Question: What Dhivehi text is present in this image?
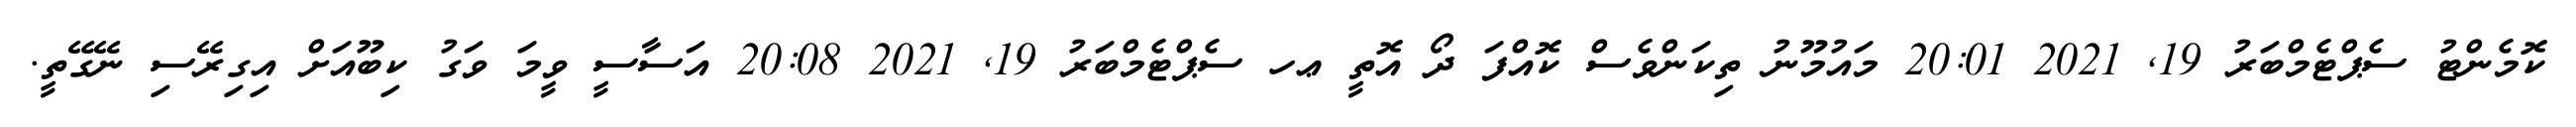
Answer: ކޮމެންޓު ސެޕްޓެމްބަރު 19, 2021 20:01 މައުމޫނު ތިކަންވެސް ކޮއްފަ ދޯ އޮތީ ޢހ ސެޕްޓެމްބަރު 19, 2021 20:08 އަސާސީ ވީމަ ވަގު ކިބޫއަށް އިގިރޭސި ނޭގޭތީ.